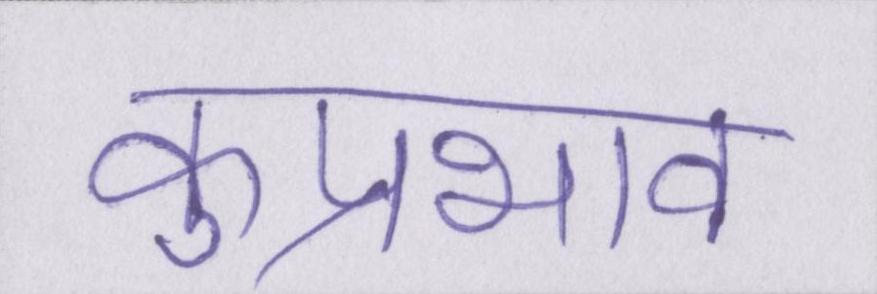
कुप्रभाव